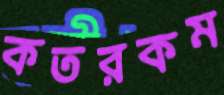
কতরকম